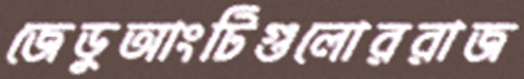
জেডুআংটিগুলোররাজ